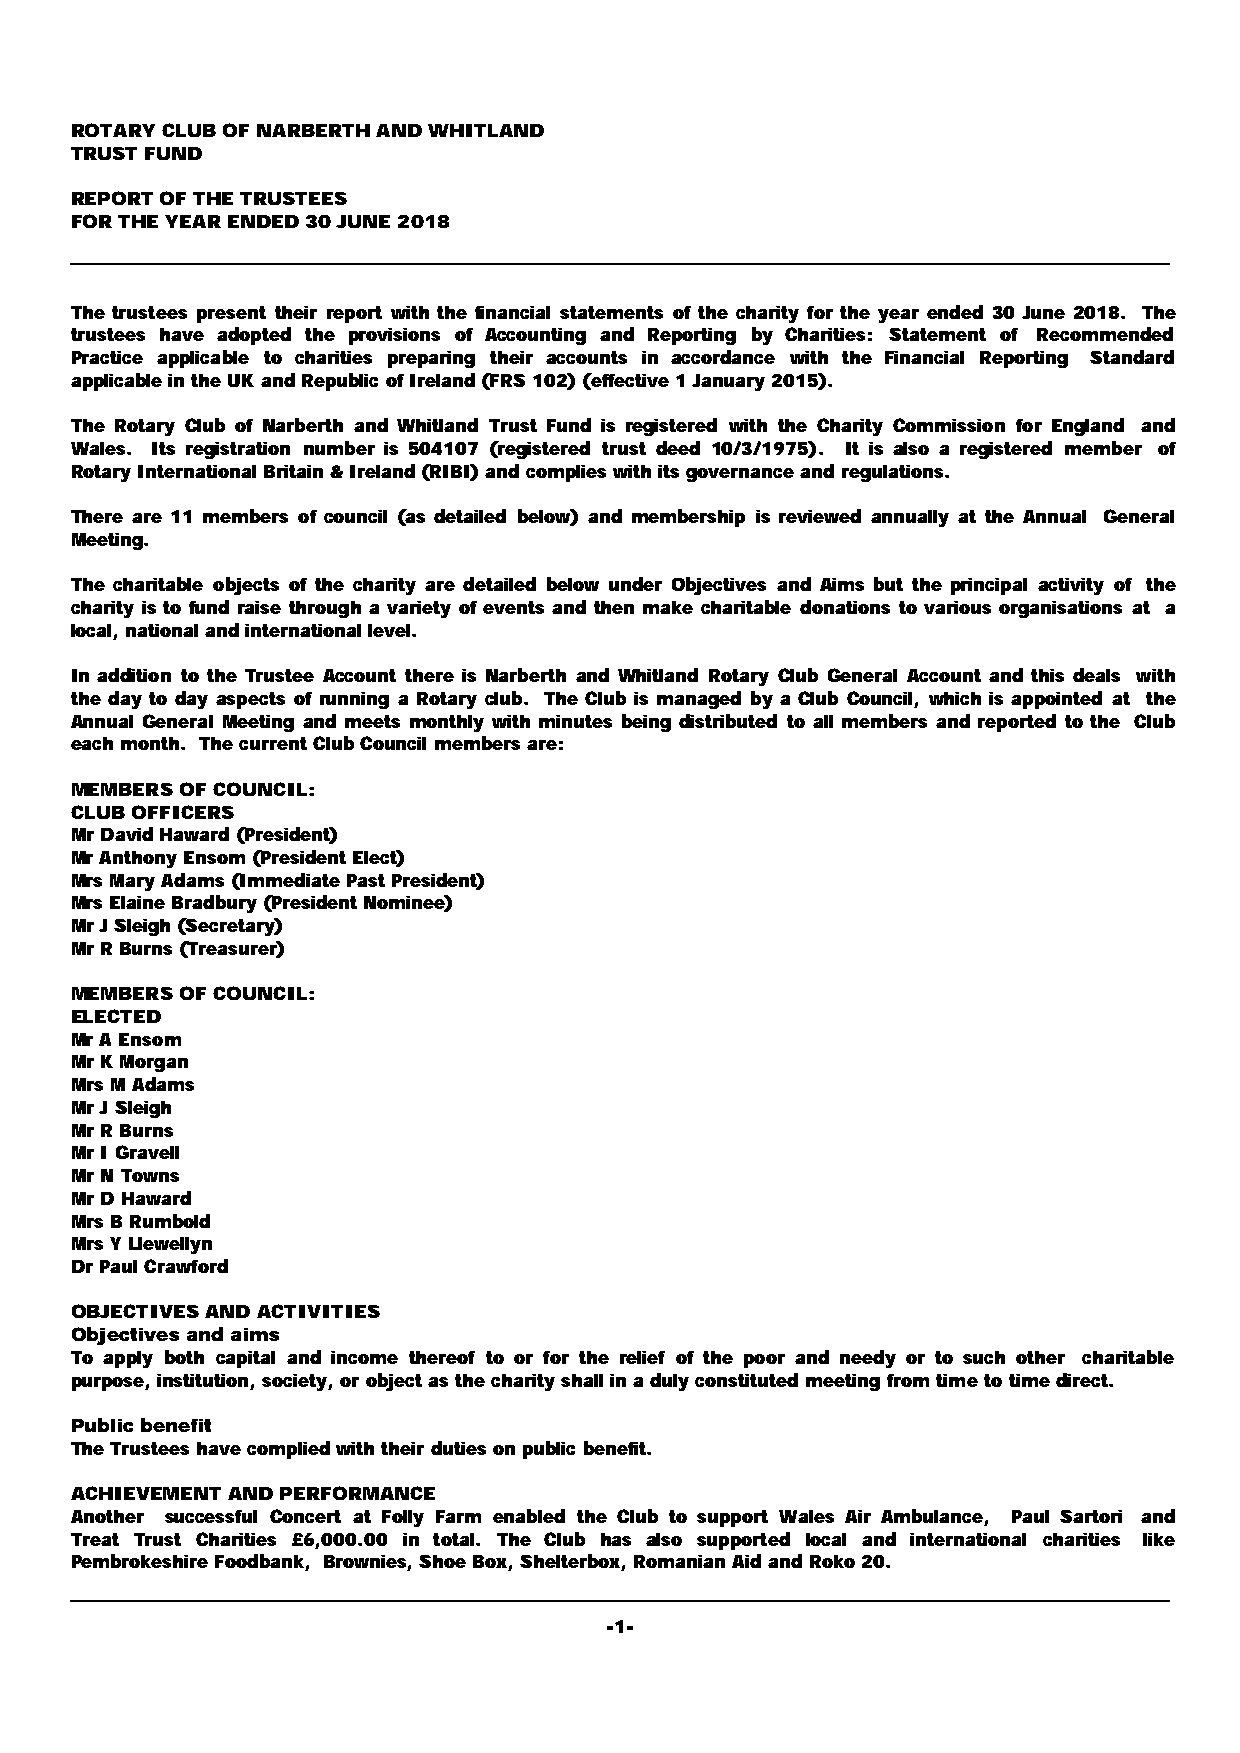
ROTARY CLUB OF NARBERTH AND WHITLAND
 TRUST FUND
 REPORT OF THE TRUSTEES
 FOR THE YEAR ENDED 30 JUNE 2018
 The trustees present their report with the financial statements of the charity for the year ended 30 June 2018. The
 trustees have adopted the provisions of Accounting and Reporting by Charities: Statement of Recommended
 Practice applicable to charities preparing their accounts in accordance with the Financial Reporting Standard
 applicable in the UK and Republic of Ireland (FRS 102) (effective 1 January 2015).
 The Rotary Club of Narberth and Whitland Trust Fund is registered with the Charity Commission for England and
 Wales. Its registration number is 504107 (registered trust deed 10/3/1975). It is also a registered member of
 Rotary International Britain & Ireland (RIBI) and complies with its governance and regulations.
 There are 11 members of council (as detailed below) and membership is reviewed annually at the Annual General
 Meeting.
 The charitable objects of the charity are detailed below under Objectives and Aims but the principal activity of the
 charity is to fund raise through a variety of events and then make charitable donations to various organisations at a
 local, national and international level.
 In addition to the Trustee Account there is Narberth and Whitland Rotary Club General Account and this deals with
 the day to day aspects of running a Rotary club. The Club is managed by a Club Council, which is appointed at the
 Annual General Meeting and meets monthly with minutes being distributed to all members and reported to the Club
 each month. The current Club Council members are:
 MEMBERS OF COUNCIL:
 CLUB OFFICERS
 Mr David Haward (President)
 Mr Anthony Ensom (President Elect)
 Mrs Mary Adams (Immediate Past President)
 Mrs Elaine Bradbury (President Nominee)
 Mr J Sleigh (Secretary)
 Mr R Burns (Treasurer)
 MEMBERS OF COUNCIL:
 ELECTED
 Mr A Ensom
 Mr K Morgan
 Mrs M Adams
 Mr J Sleigh
 Mr R Burns
 Mr I Gravell
 Mr N Towns
 Mr D Haward
 Mrs B Rumbold
 Mrs Y Llewellyn
 Dr Paul Crawford
 OBJECTIVES AND ACTIVITIES
 Objectives and aims
 To apply both capital and income thereof to or for the relief of the poor and needy or to such other charitable
 purpose, institution, society, or object as the charity shall in a duly constituted meeting from time to time direct.
 Public benefit
 The Trustees have complied with their duties on public benefit.
 ACHIEVEMENT AND PERFORMANCE
 Another successful Concert at Folly Farm enabled the Club to support Wales Air Ambulance, Paul Sartori and
 Treat Trust Charities £6,000.00 in total. The Club has also supported local and international charities like
 Pembrokeshire Foodbank, Brownies, Shoe Box, Shelterbox, Romanian Aid and Roko 20.
 -1-